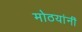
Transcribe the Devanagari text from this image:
मोठयांनीं